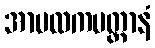
အာမလကပတ္တာနံ